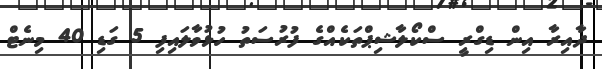
ދާއިރާ އިން ޑިގްރީ ސްކޯލާޝިޕްތަކެއްގެ ފުރުސަތު ހުޅުވާލައިފި 5 ގަޑި 40 މިނެޓް